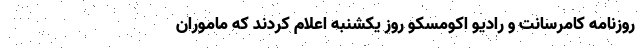
روزنامه کامرسانت و رادیو اکومسکو روز یکشنبه اعلام کردند که ماموران